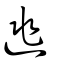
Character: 逃